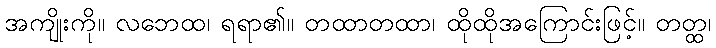
အကျိုးကို။ လဘေထ၊ ရရာ၏။ တထာတထာ၊ ထိုထိုအကြောင်းဖြင့်။ တတ္ထ၊